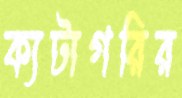
ক্যটাগরির